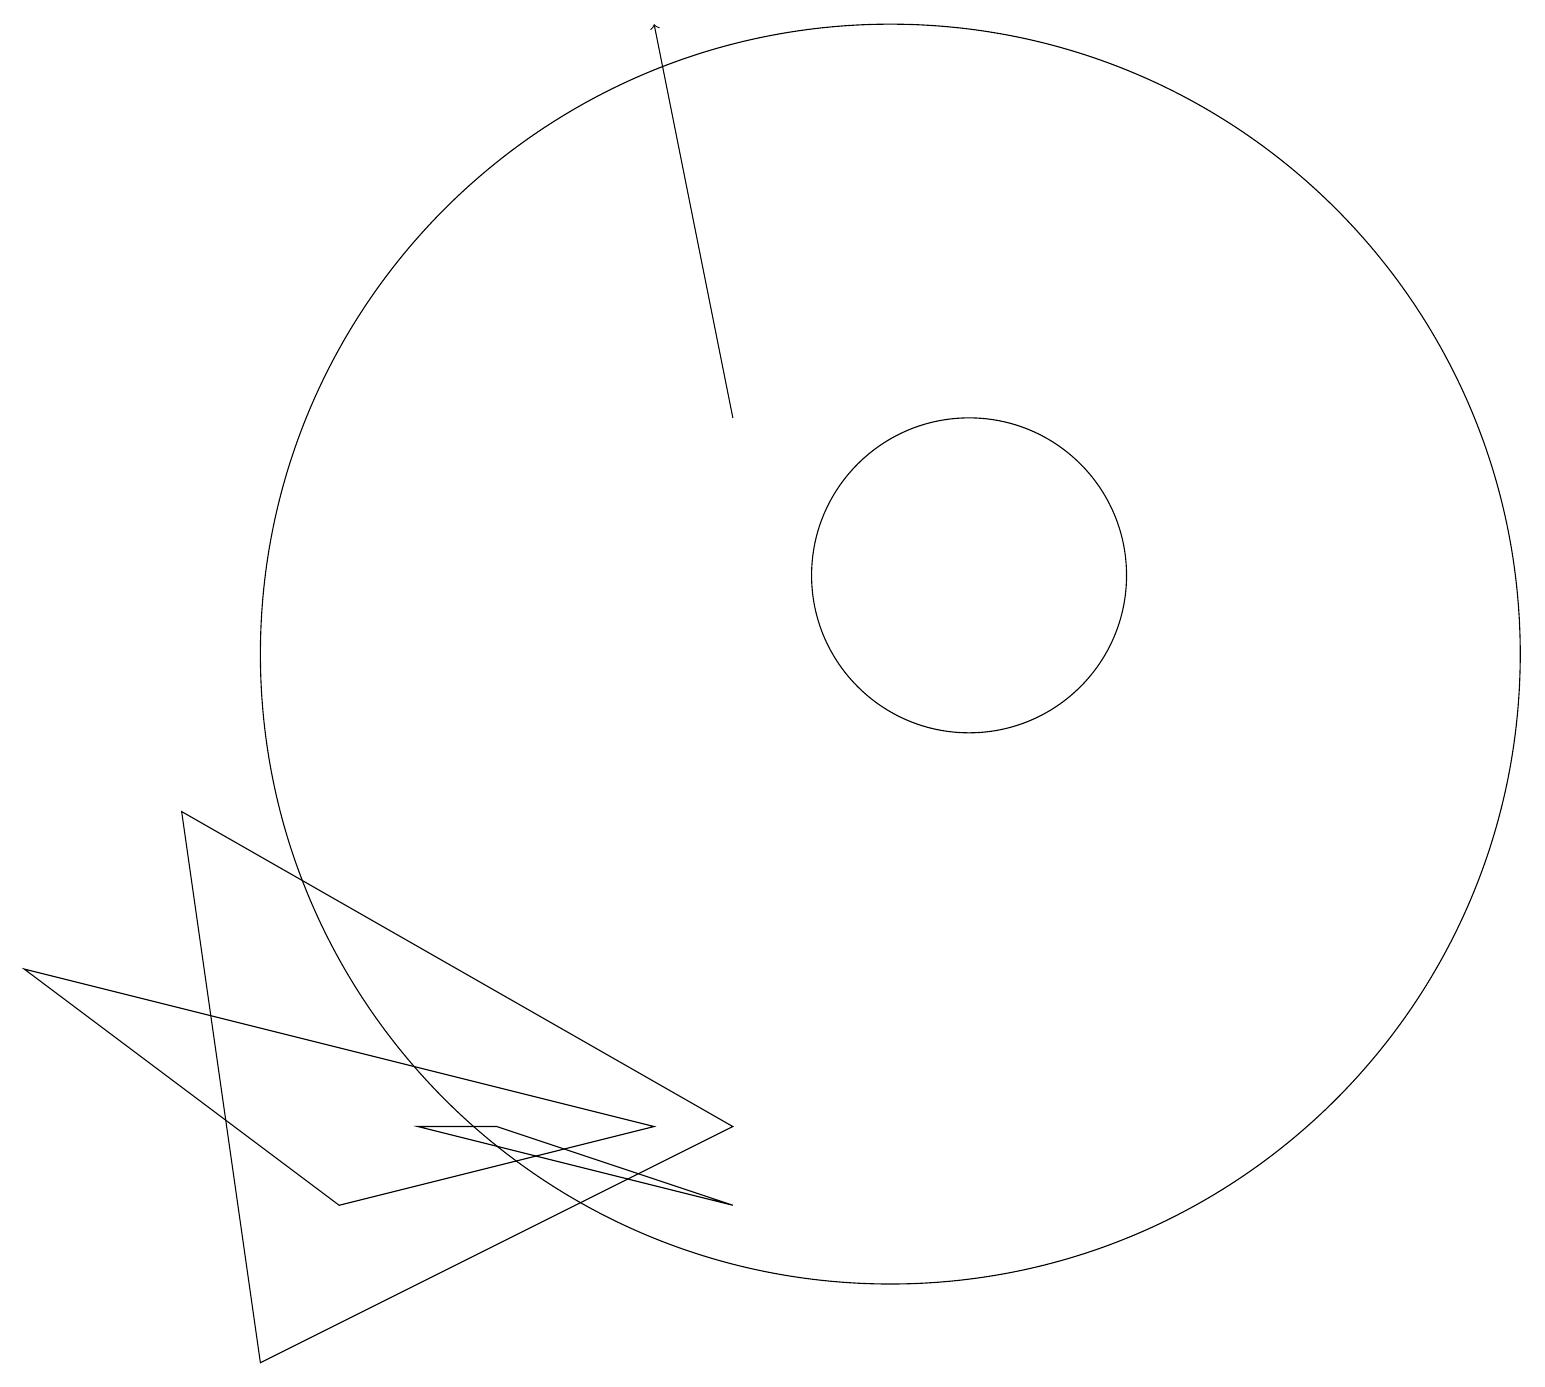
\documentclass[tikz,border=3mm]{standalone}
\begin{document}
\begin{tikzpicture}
\draw (4,3) -- (0,6) -- (8,4) -- cycle;
\draw (12,11) circle (2);
\draw (3,1) -- (9,4) -- (2,8) -- cycle;
\draw (9,3) -- (6,4) -- (5,4) -- cycle;
\draw (11,10) circle (8);
\draw[->] (9,13) -- (8,18);
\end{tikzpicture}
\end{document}